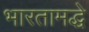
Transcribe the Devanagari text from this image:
भारतामद्धे